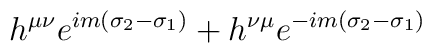
h^{\mu\nu}e^{im(\sigma_2-\sigma_1)}+h^{\nu\mu}e^{-im(\sigma_2-\sigma_1)}